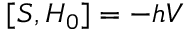
[ S , H _ { 0 } ] = - h V